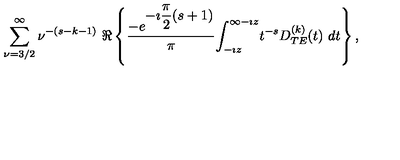
\begin{array} { c } { \displaystyle { \sum _ { \nu = 3 / 2 } ^ { \infty } \nu ^ { - ( s - k - 1 ) } } \ \Re \left\{ \displaystyle { \frac { - e ^ { \displaystyle { - \imath \frac { \pi } { 2 } ( s + 1 ) } } } { \pi } } \displaystyle { \int _ { - \imath z } ^ { \infty - \imath z } } t ^ { - s } \displaystyle { D _ { T E } ^ { ( k ) } ( t ) } \ d t \right\} , } \\ \end{array}